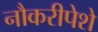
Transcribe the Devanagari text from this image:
नौकरीपेशे